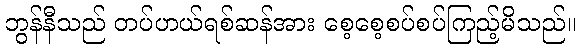
ဘွန်နီသည် တပ်ဟယ်ရစ်ဆန်အား စေ့စေ့စပ်စပ်ကြည့်မိသည်။